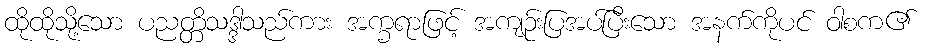
ထိုထိုသို့သော ပညတ္တိသဒ္ဒါသည်ကား အက္ခရာဖြင့် အကျဉ်းပြအပ်ပြီးသော အနက်ကိုပင် ဝါစက၏